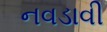
નવડાવી